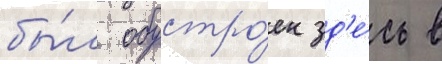
бы́л обустро́ен зд'е́сь в